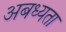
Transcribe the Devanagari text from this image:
अबध्यता